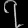
Digit: ၇